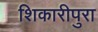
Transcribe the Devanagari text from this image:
शिकारीपुरा